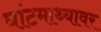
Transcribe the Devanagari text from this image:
घांटमाथ्यावर